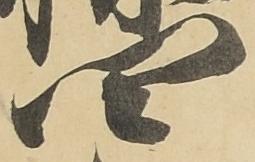
四